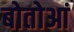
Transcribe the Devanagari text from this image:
बोतोआं